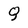
Character: Q